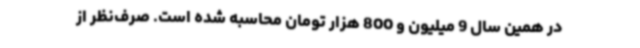
در همین سال 9 ‌میلیون‌ و 800 هزار تومان محاسبه شده است. صرف‌نظر از